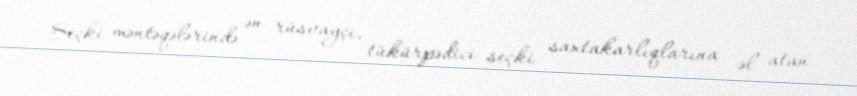
Seçki məntəqələrində ən rüsvayçı, tükürpədici seçki saxtakarlıqlarına əl atan